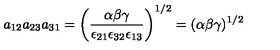
a _ { 1 2 } a _ { 2 3 } a _ { 3 1 } = \left( \frac { \alpha \beta \gamma } { \epsilon _ { 2 1 } \epsilon _ { 3 2 } \epsilon _ { 1 3 } } \right) ^ { 1 / 2 } = ( \alpha \beta \gamma ) ^ { 1 / 2 }